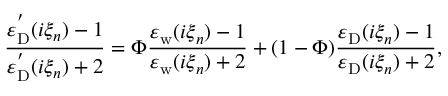
\frac { \varepsilon _ { \mathrm { D } } ^ { ^ { \prime } } ( i \xi _ { n } ) - 1 } { \varepsilon _ { \mathrm { D } } ^ { ^ { \prime } } ( i \xi _ { n } ) + 2 } = \Phi \frac { \varepsilon _ { \mathrm { w } } ( i \xi _ { n } ) - 1 } { \varepsilon _ { \mathrm { w } } ( i \xi _ { n } ) + 2 } + ( 1 - \Phi ) \frac { \varepsilon _ { \mathrm { D } } ( i \xi _ { n } ) - 1 } { \varepsilon _ { \mathrm { D } } ( i \xi _ { n } ) + 2 } ,